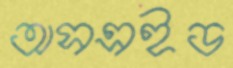
অসএইড